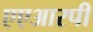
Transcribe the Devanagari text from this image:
एएआरपी